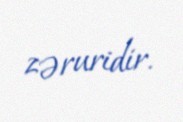
zəruridir.